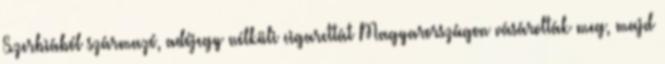
Szerbiából származó, adójegy nélküli cigarettát Magyarországon vásárolták meg, majd